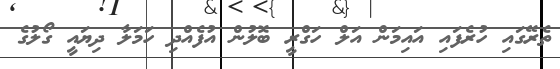
ތެރޭގައި ހުރެފައި އައިމަން އަލް ހަގްރީ ބޮލުން އުފެއްދި ހަމަލާ ދިޔައީ ގޯލުގެ